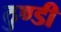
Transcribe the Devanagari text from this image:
ठुण्डी